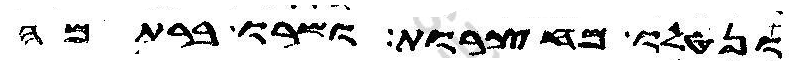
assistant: ונטלו מחצרות ושרו ברתמה